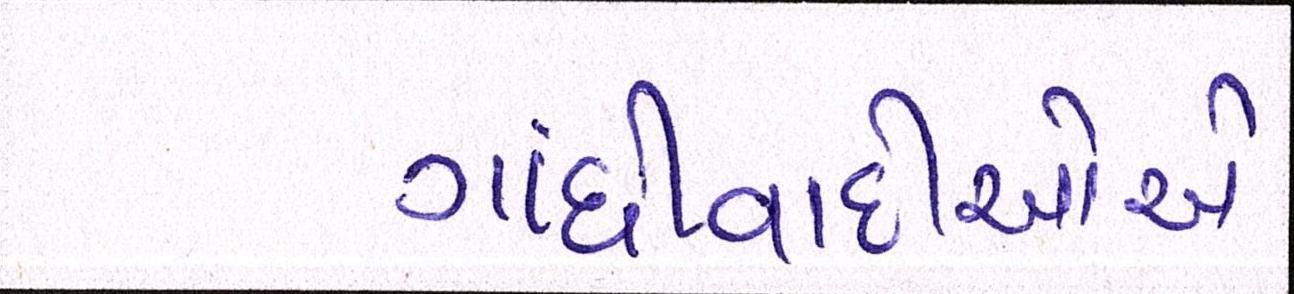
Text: ગાંધીવાદીઓએ